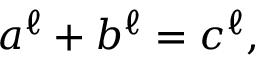
a ^ { \ell } + b ^ { \ell } = c ^ { \ell } ,